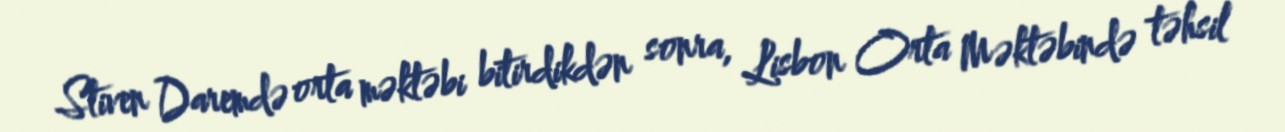
Stiven Daremdə orta məktəbi bitirdikdən sonra, Lisbon Orta Məktəbində təhsil